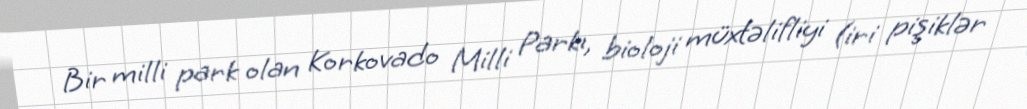
Bir milli park olan Korkovado Milli Parkı, bioloji müxtəlifliyi (iri pişiklər